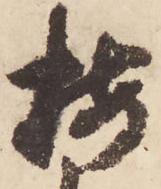
梅